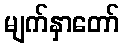
မျက်နှာတော်